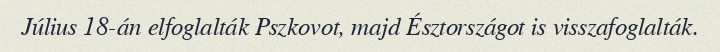
Július 18-án elfoglalták Pszkovot, majd Észtországot is visszafoglalták.